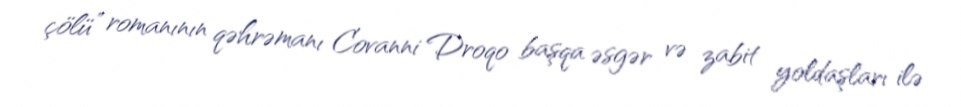
çölü” romanının qəhrəmanı Covanni Droqo başqa əsgər və zabit yoldaşları ilə